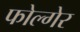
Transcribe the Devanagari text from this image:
फोल्गेर